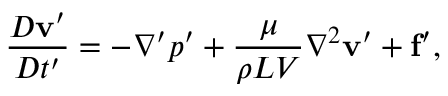
{ \frac { D \mathbf { v } ^ { \prime } } { D t ^ { \prime } } } = - \nabla ^ { \prime } p ^ { \prime } + { \frac { \mu } { \rho L V } } \nabla ^ { 2 } \mathbf { v } ^ { \prime } + \mathbf { f } ^ { \prime } ,